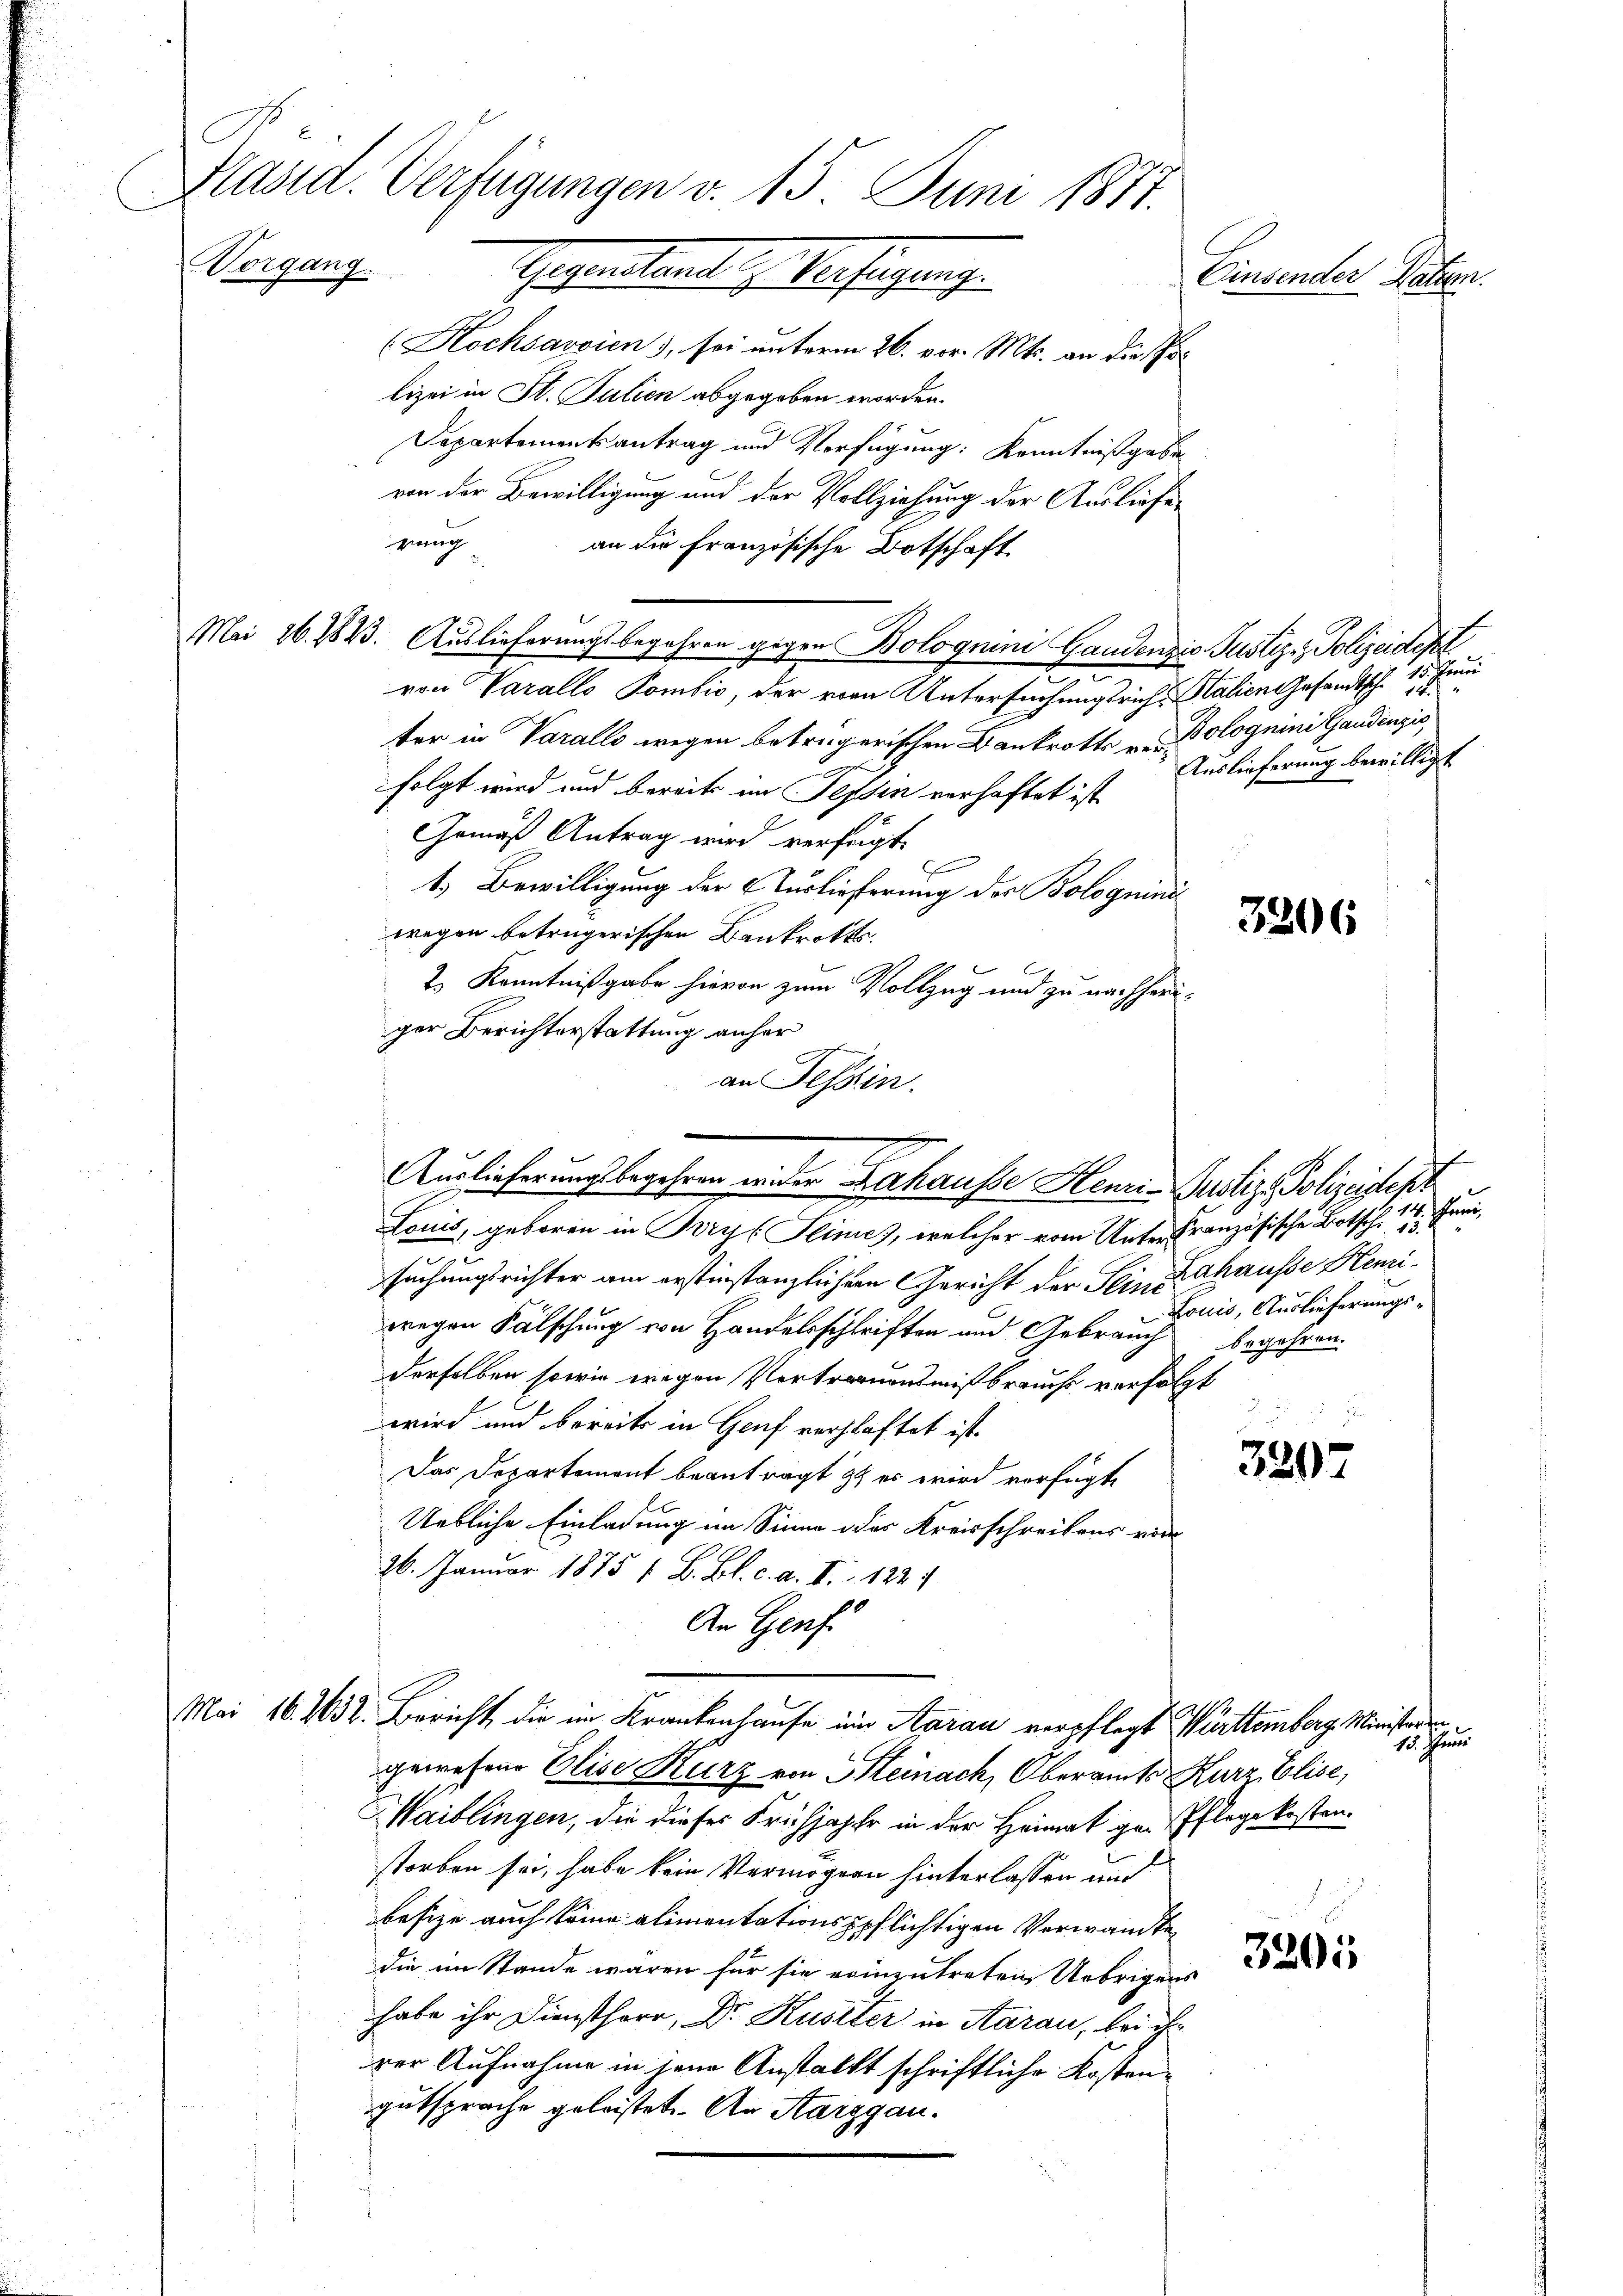
Präsid. Verfügungen v. 15. Juni 1871.
auch eingesehendentliche Verfangemache
Einsender Patzen.

(Kochsavoien), sei unterm 26. vor. Mts. an die Pr
lizei in St. Julien abgegeben worden.
Departementsantrag und Verfügung: Kenntnißgabe
von der Bewilligung und der Vollziehung der Ausliefe
gang
an die Französische Botschaft
Mei 26. 1823. Auslieferungsbegehren gegen Bolognini Gandenzio Pustiz- & Polizeidepl
von Varalls Pombić, der von Untersuchungsrich, Stalien Gesandtsche 15. Jen
ter in Varalle wegen beträgerischen Bankrotts - Polognini Gaudenzis
folgt wird und bereits im Tessin verhaftet ist
Gemäß Antrag wird verfügt.
1.) Bewilligung der Auslieferung der Bologuini
wegen betrügerischen Bankrotts
2.) Kenntnißgabe hievon zum Vollzug und zu nachheriger Berichterstattung anher
an Tessin.
Louis, geboren in Bry [Slimes, welcher vom Unter französische Botsch
suchungsrichter am erstinstanzlicher Gericht der Sein Zahausse Hemiwegen Fälschung von Handelsschriften und Gebrauch begehren.
derselben sowie wegen Vertrauensmißbrauchs verfolgt
.
wird und bereits in Genf verschaftet ist.
Das Departement beantragt ist er wird verfügte
Uebliche Einladung im Sinne des Kreisschreibens vor
26. Januar 1875 1 B. Bl. c. a. II 1224.
An Genf.
Mai 16. 1632. Bericht, die im Krankenhause im Aarau verpflegt Württemberg Ministeren
gewesene Elise Kurz von Heinach, Oberamts Kurz, Elise,
Waiblingen, die dieses Frühjahr in der Heimat gen Pflege kosten.
storben sei, habe kein Vermögen hinterlassen mit
besize auch keine alimentationspflichtigen Verwandte
die im Stande waren für sie einzutreten Uebrigens
habe ihr Dienstherr, Dr. Kustter in Aarau, bei ih
rer Aufnahme in jene Anstalkt schriftliche Kostengutsprache geleistet. An Aargau.

Auslieferungsbegehren wider Kathausse Henri-Justiz- Polizeistehe

benen
Auslieferung bewilligt

3206

114. Juni,
Louis, Auslieferungs-

3207

siechen

3205